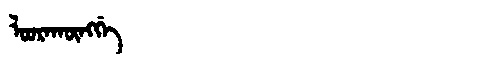
Manchu: ᠯᠣᠣᡵᠠᡴᡡᠩᡤᡝ
Romanization: LOORAKŪNGGE